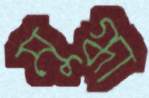
মুগ্ধা